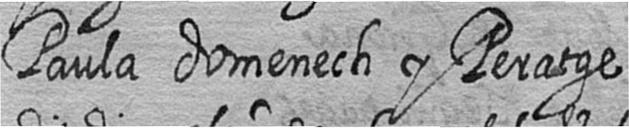
Paula domenech y Peratge